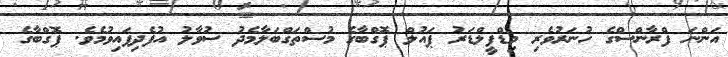
އަންނަ ފްރާންސްގެ ހުނަރުވެރި މިޑްފީލްޑަރު ޕައުލް ޕޮގްބާގެ މުސްތަގްބަލާމެދު ސުވާލު އުފެދިފައިވުމެވެ. ޕޮގްބާގެ